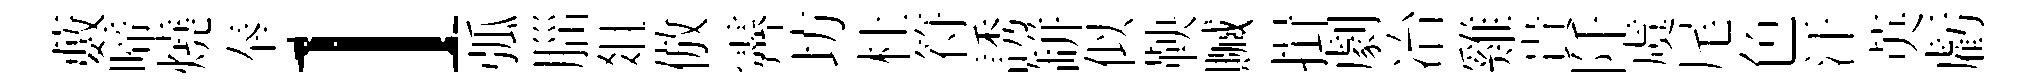
藪啼燒奉l弧𦛁爼倣霽坊杜符誘缾似鞅贓揖劇冶雞貴阡虞尾色汗英虧